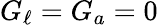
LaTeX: G_{\ell}=G_{a}=0